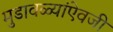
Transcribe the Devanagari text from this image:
मुडावळ्यांऐवजी